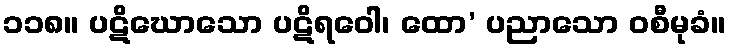
၁၁၈။ ပဋိဃောသော ပဋိရဝေါ၊ ထော’ ပညာသော ဝစီမုခံ။